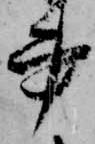
書